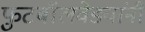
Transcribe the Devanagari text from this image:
फुटबॉलवेड्यांनी